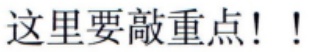
这里要敲重点！！